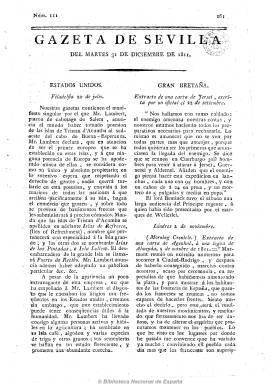
Título: Gazeta de Sevilla
Otros títulos: Gaceta de Sevilla
Colección: Gacetas
Ámbito geográfico: Sevilla
Lugar de publicación: Sevilla
Fechas: 31/12/1811-30/03/1814

Tiene dos épocas opuestas. La primera bonapartista, la segunda fernandina. Tras entrar las tropas francesas en Sevilla, el uno de febrero de 1810, y la llegada de José I a la ciudad, comienza a publicarse esta gazeta “en la Imprenta Mayor” el 13 de febrero (o quizás el día 3), siendo su director y principal redactor Alberto Lista, quien anteriormente lo había sido de Gazeta ministerial de Sevilla, como órgano de la Junta Suprema local, y de Gazeta del Gobierno, órgano de la Junta Central tras huir esta de Madrid y refugiarse en la capital hispalense. Lista, que venía redactando también El espectador sevillano, y que de liberal se convierte en afrancesado a las órdenes de las nuevas autoridades, estará acompañado en la redacción de esta gazeta, por el también liberal Justino Matute Gaviria, quien también había sido redactor de los dos periódicos junteros antes citados, así como de Miguel del Olmo, racionero de la catedral.

Será un bisemanario (martes y viernes) muy parecido a la entonces Gazeta de Madrid, que también se encontraba en manos de los invasores, que sale en números de cuatro páginas. Como periódico político, publicará las reales órdenes, edictos emanados de la autoridad usurpadora, partes de guerra, así como noticias del reino y de Europa, en especial las referentes al “Imperio francés”, y de las colonias americanas españolas, en esos momentos en su también incipiente lucha por la independencia, así como avisos, noticias y nombramientos locales, poesías, sueltos, etc. Muchas de estas noticias son extractos de otros periódicos, incluidos los de Cádiz, que comentará para polemizar con los promotores de la Constitución de 1812. Además de la propaganda a favor de José I, como periódico oficial del Gobierno intruso, tildará a los patriotas de brigantes, insurgentes y bandidos, y llegará a anunciar las ejecuciones públicas de estos.

Desde el nueve marzo de 1811, aparecerá tanto en español y francés. Se conocen 260 números de este gazeta, desconociéndose la fecha exacta en que dejó de publicarse, que lo fue antes del 27 de agosto de 1812, día en que las tropas españolas toman Sevilla. Mientras tanto la junta suprema de esta ciudad había estado publicando, desde el 18 de julio de 1810, la Gazeta de Ayamonte.

Tras salir las tropas francesas, a partir del martes, dos de septiembre de 1812, la Gazeta de Sevilla inicia su etapa fernandina con nueva numeración y es estampada en la denominada Imprenta Real. Seguirá siendo un bisemanario que continuará publicando noticias y crónicas extractadas de otros periódicos tanto de España como del Extranjero, órdenes, edictos, partes, cartas, algunos textos literarios, así como avisos y sucesos locales, etc. Será un periódico que publicará numerosos suplementos y extraordinarios, como el publicado el 30 de marzo de 1814, último número que se conoce.